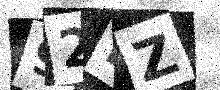
Text: 92HZ